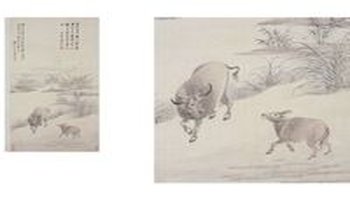
逐流牵荇叶，缘岸摘芦苗。